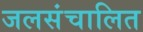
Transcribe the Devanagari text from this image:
जलसंचालित